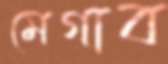
মেগাব